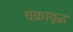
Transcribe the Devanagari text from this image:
चक्रावृद्ध